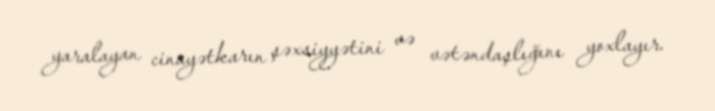
yaralayan cinayətkarın şəxsiyyətini və vətəndaşlığını yoxlayır.